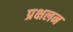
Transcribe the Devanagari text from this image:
प्रक्षलन